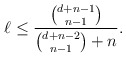
\begin{align*}\ell \le {\displaystyle \frac{\binom{d + n-1}{n-1}}{\binom{d + n-2}{n-1} + n}}.\end{align*}